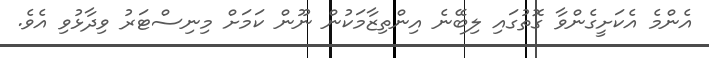
އެންމެ އެކަށީގެންވާ ގޮތުގައި ލިބޭނެ އިންތިޒާމަކުން ނޫން ކަމަށް މިނިސްޓަރު ވިދާޅުވި އެވެ.